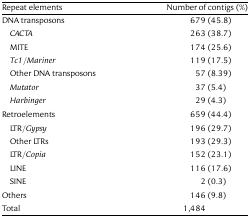
<table><thead><tr><td><b>Repeat elements</b></td><td><b>Number of contigs (%)</b></td></tr></thead><tbody><tr><td>DNA transposons</td><td>679 (45.8)</td></tr><tr><td> <i>CACTA</i></td><td>263 (38.7)</td></tr><tr><td> MITE</td><td>174 (25.6)</td></tr><tr><td> <i>Tc1</i>/<i>Mariner</i></td><td>119 (17.5)</td></tr><tr><td> Other DNA transposons</td><td>57 (8.39)</td></tr><tr><td> <i>Mutator</i></td><td>37 (5.4)</td></tr><tr><td> <i>Harbinger</i></td><td>29 (4.3)</td></tr><tr><td>Retroelements</td><td>659 (44.4)</td></tr><tr><td> LTR/<i>Gypsy</i></td><td>196 (29.7)</td></tr><tr><td> Other LTRs</td><td>193 (29.3)</td></tr><tr><td> LTR/<i>Copia</i></td><td>152 (23.1)</td></tr><tr><td> LINE</td><td>116 (17.6)</td></tr><tr><td> SINE</td><td>2 (0.3)</td></tr><tr><td>Others</td><td>146 (9.8)</td></tr><tr><td>Total</td><td>1,484</td></tr></tbody></table>